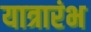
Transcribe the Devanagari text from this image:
यात्रारंभ